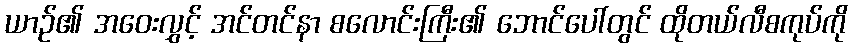
ယာဉ်၏ အဝေးလွှင့် အင်တင်နာ စလောင်းကြီး၏ ဘောင်ပေါ်တွင် ထိုတယ်လီစကုပ်ကို